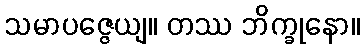
သမာပဇ္ဇေယျ။ တဿ ဘိက္ခုနော။